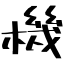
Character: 機